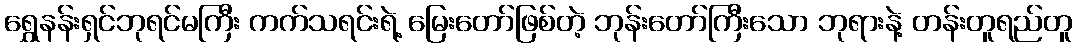
ရွှေနန်းရှင်ဘုရင်မကြီး ကက်သရင်းရဲ့ မြေးတော်ဖြစ်တဲ့ ဘုန်းတော်ကြီးသော ဘုရားနဲ့ တန်းတူရည်တူ